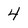
Character: 4